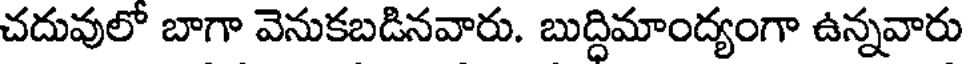
చదువులో బాగా వెనుకబడినవారు. బుద్దిమాంద్యంగా ఉన్నవారు